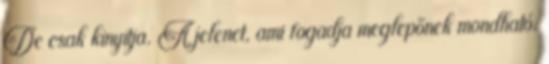
De csak kinyitja. A jelenet, ami fogadja meglepőnek mondható.